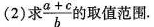
(2)求 \frac{a+c}{b}的取值范围。